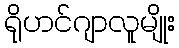
ရိုဟင်ဂျာလူမျိုး